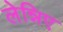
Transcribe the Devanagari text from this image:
लेन्निए